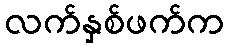
လက်နှစ်ဖက်က